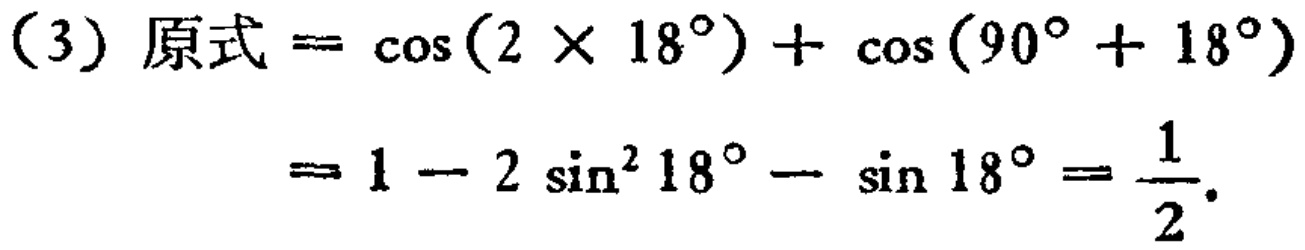
（3）原式$=\cos(2\times18^{\circ})+\cos(90^{\circ}+18^{\circ})$
$=1 - 2\sin^{2}18^{\circ}-\sin18^{\circ}=\frac{1}{2}.$